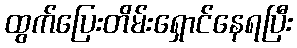
ထွက်ပြေးတိမ်းရှောင်နေရပြီး